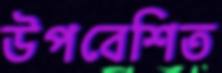
উপবেশিত